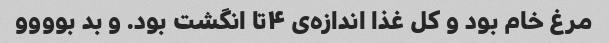
مرغ خام بود و کل غذا اندازه‌ی ۴تا انگشت بود. و بد بوووو